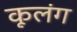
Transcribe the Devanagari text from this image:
कूलंग